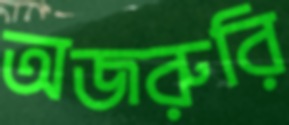
অজরুরি